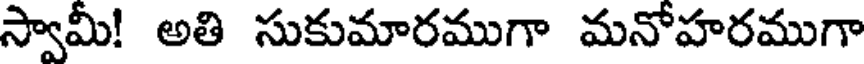
స్వామీ! అతి సుకుమారముగా మనోహరముగా